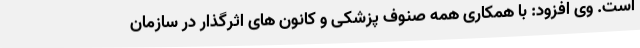
است. وی افزود: با همکاری همه صنوف پزشکی و کانون های اثرگذار در سازمان